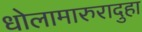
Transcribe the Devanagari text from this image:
धोलामारुरादुहा